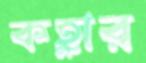
কহ্লার